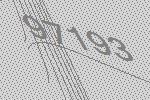
97193